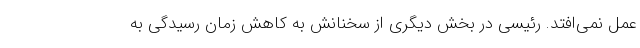
عمل نمی‌افتد. رئیسی در بخش دیگری از سخنانش به کاهش زمان رسیدگی به